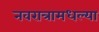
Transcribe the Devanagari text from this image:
नवरात्रामधल्या